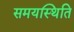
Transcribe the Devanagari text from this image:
समयस्थिति